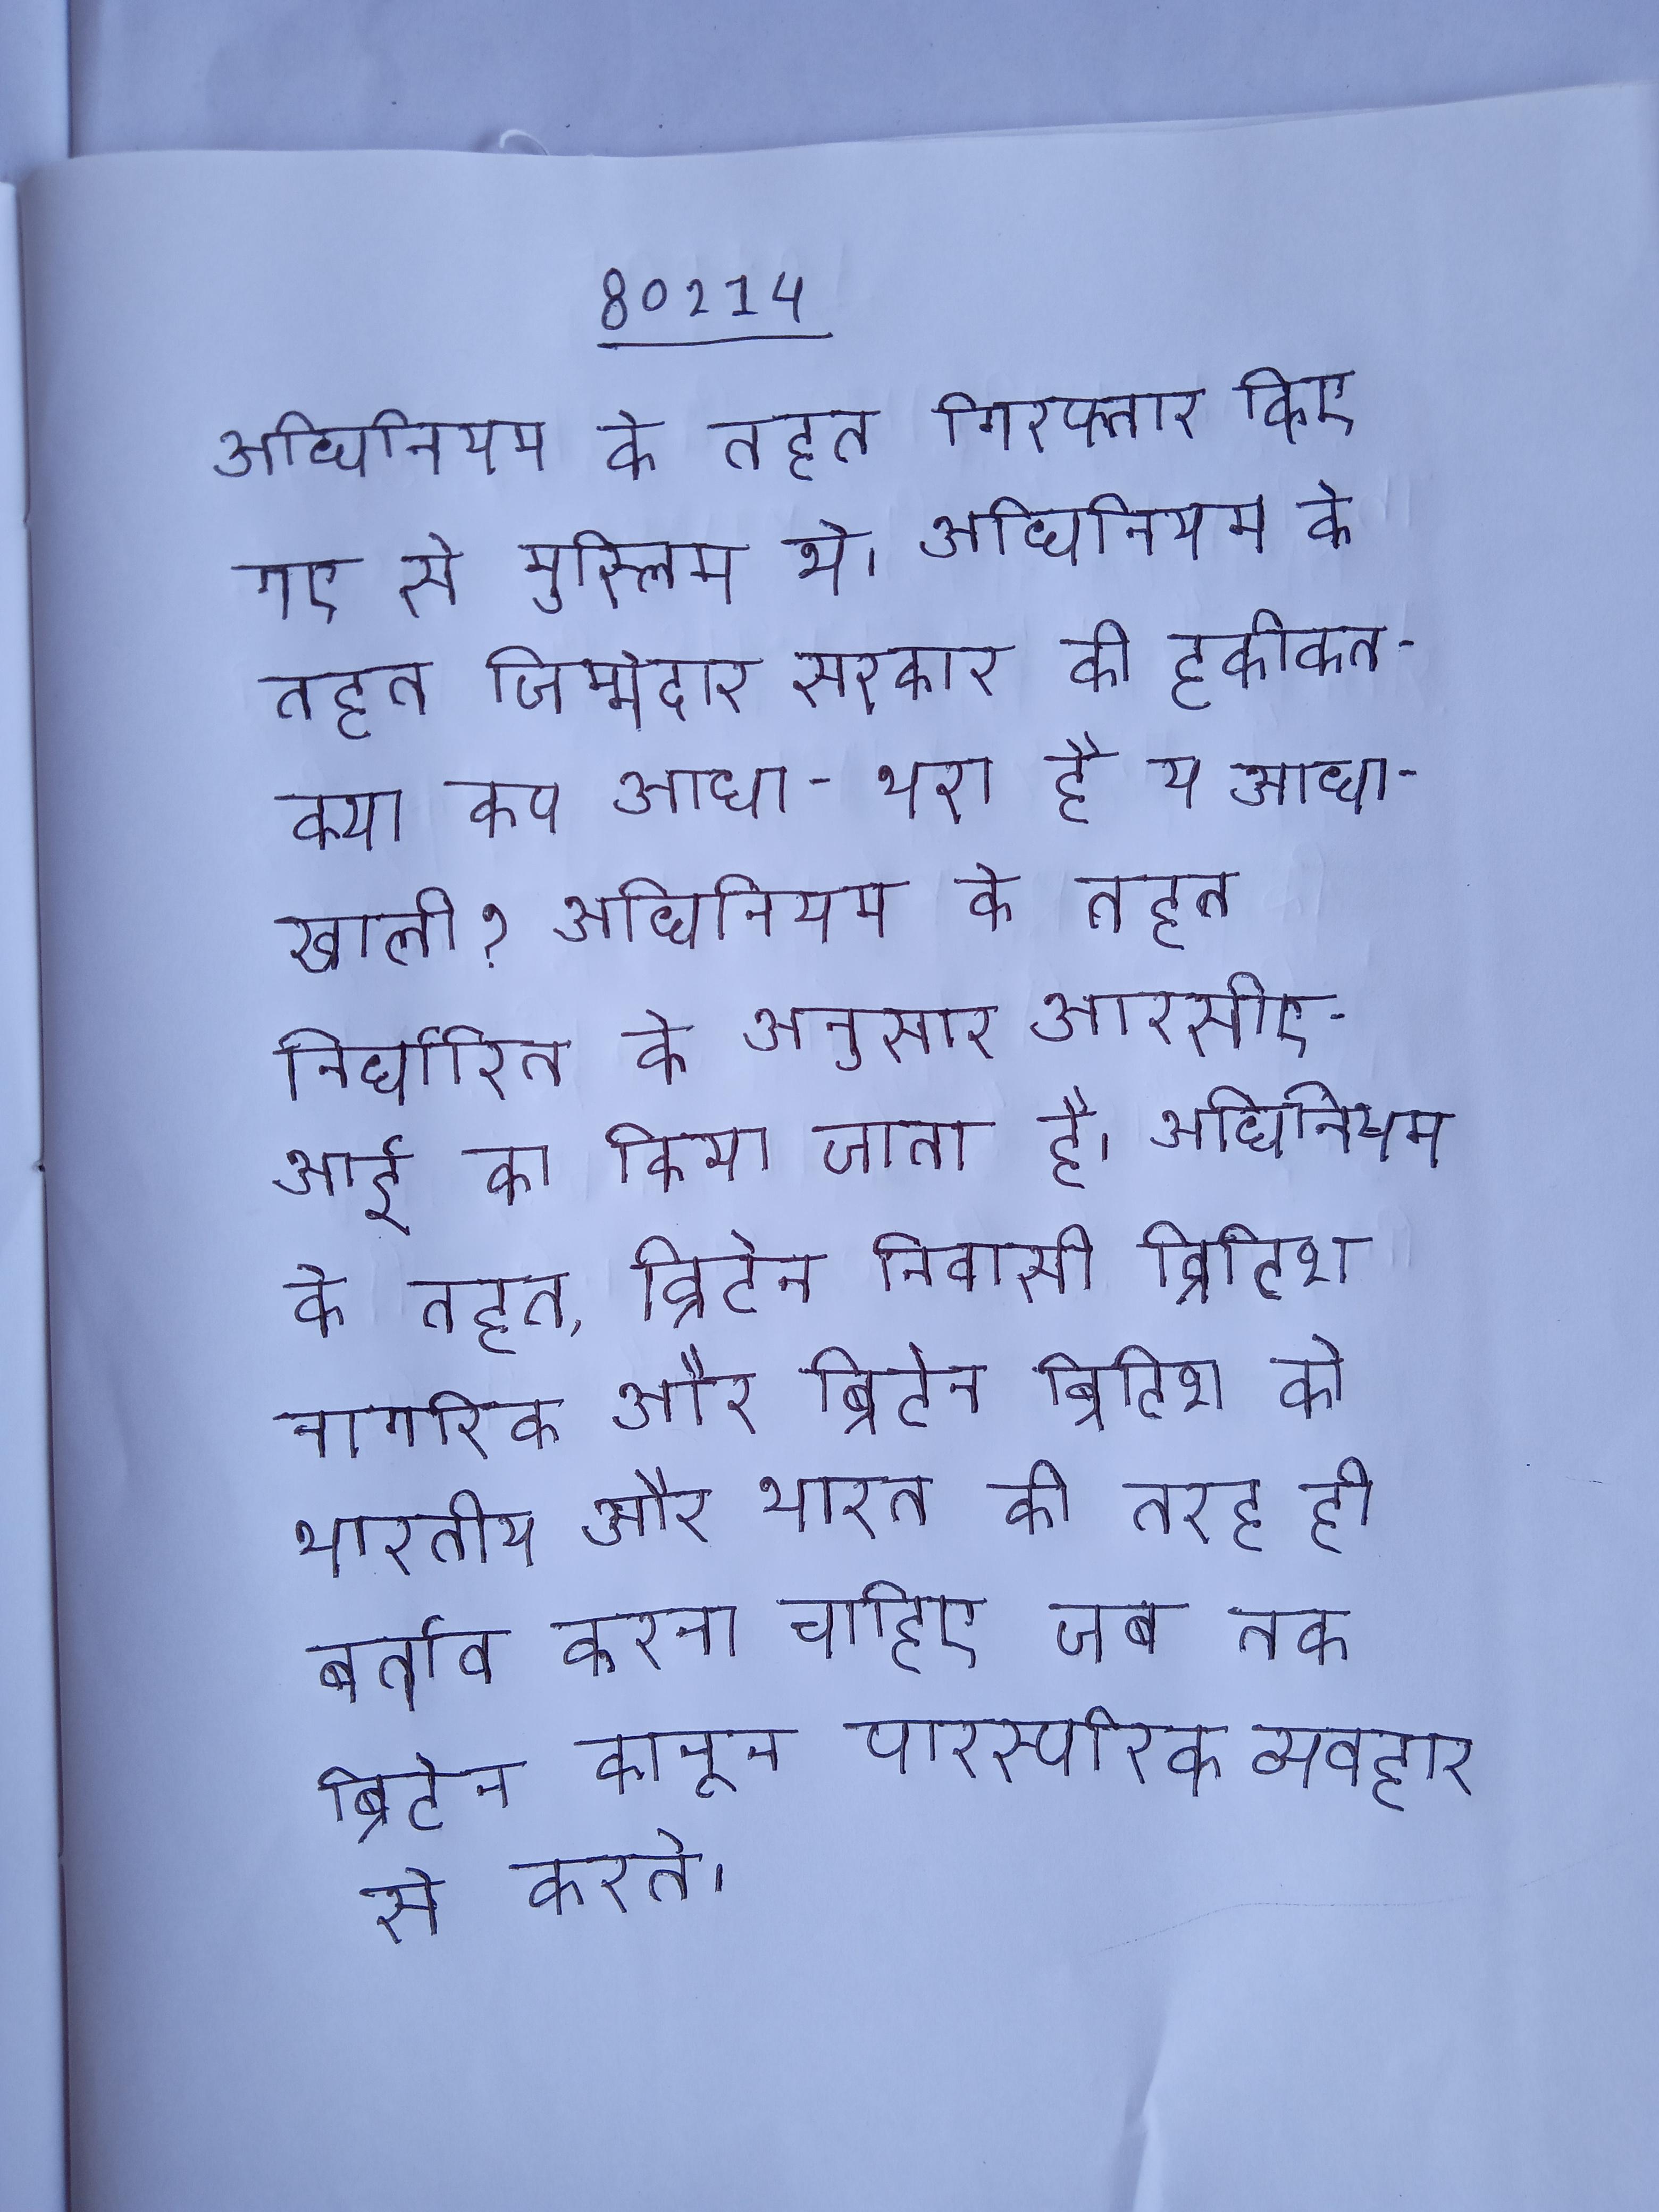
अधिनियम के तहत गिरफ्तार किए गए से मुस्लिम थे । अधिनियम के तहत जिम्मेदार सरकार की हकीकत - क्या कप आधा-भरा है या आधा-खाली? अधिनियम के तहत निर्धारित के अनुसार आरसीएआई का किया जाता है । अधिनियम के तहत, ब्रिटेन निवासी ब्रिटिश नागरिक और ब्रिटेन ब्रिटिश को भारतीय और भारत की तरह ही बर्ताव करना चाहिए जब तक ब्रिटेन कानून पारस्परिक व्यवहार से करते ।